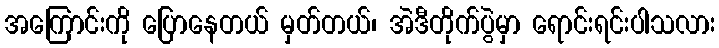
အကြောင်းကို ပြောနေတယ် မှတ်တယ်၊ အဲဒီတိုက်ပွဲမှာ ရောင်းရင်းပါသလား